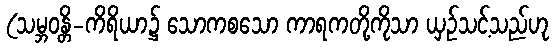
(သမ္ဘဝန္တိ-ကိရိယာ၌ သောကစသော ကာရကတို့ကိုသာ ယှဉ်သင့်သည်ဟု